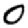
Digit: 0